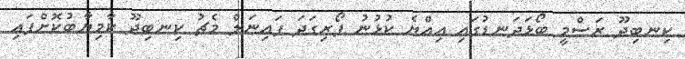
ކިނބިދޫ ރަސްމީ ބޯޅަދަނޑުގައި އިއްޔެ ކުޅުނު ފޯރިގަދަ ފައިނަލް މެޗު ކިނބިދޫ ކާމިޔާބުކޮށްފައި